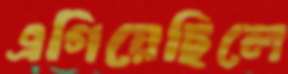
এগিয়েছিলে